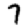
Digit: 7